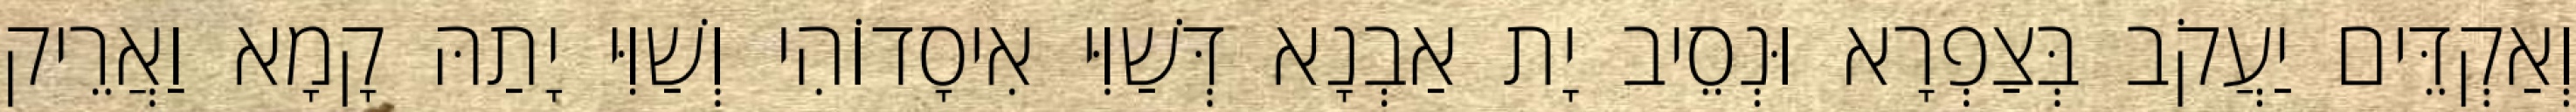
וְאַקְדֵּים יַעֲקֹב בְּצַפְרָא וּנְסֵיב יָת אַבְנָא דְּשַׁוִּי אִיסָדוֹהִי וְשַׁוִּי יָתַהּ קָמָא וַאֲרֵיק